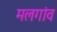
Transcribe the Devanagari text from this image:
मलगांव